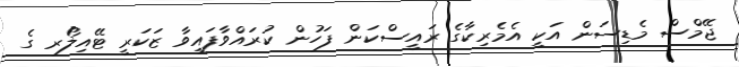
ޖޭމްސް މެޑިސަން އަކީ އެމެރިކާގެ ރައީސްކަން ފަހުން ކުރައްވާފައިވާ ޒަކަރީ ޓޭއިލޯރ ގެ